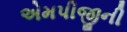
એમપીજીની